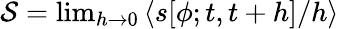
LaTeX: \begin{array}{r}{{{\mathcal{S}}}=\operatorname*{lim}_{h\to 0}\left\langle{s}[{\phi};t,t+h]/{h}\right\rangle}\end{array}